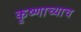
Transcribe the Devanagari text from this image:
कृष्णाच्याच